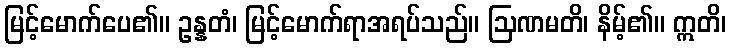
မြင့်မောက်ပေ၏။ ဥန္နတံ၊ မြင့်မောက်ရာအရပ်သည်။ ဩဏမတိ၊ နိမ့်၏။ ဣတိ၊